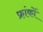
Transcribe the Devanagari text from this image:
फ्रांकों